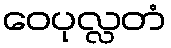
ဝေပုလ္လတံ